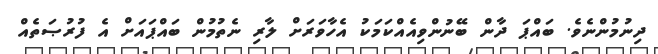
ދިނުމުންނެވެ. ބައްޕަ ދާން ބޭނުންވިއެއްކަމަކު އެހާވަރަށް ލާރި ނެތުމުން ބައްޕައަށް އެ ފުރުޞަތެއް